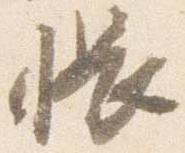
帳